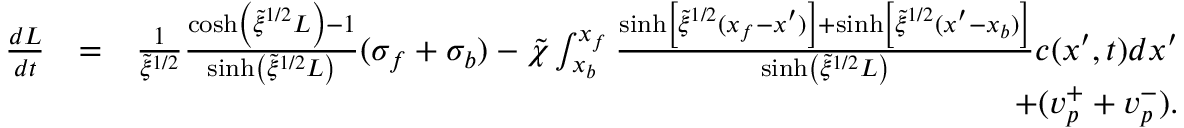
\begin{array} { r l r } { \frac { d L } { d t } } & { = } & { \frac { 1 } { \tilde { \xi } ^ { 1 / 2 } } \frac { \cosh \left( \tilde { \xi } ^ { 1 / 2 } L \right) - 1 } { \sinh \left( \tilde { \xi } ^ { 1 / 2 } L \right) } ( \sigma _ { f } + \sigma _ { b } ) - \tilde { \chi } \int _ { x _ { b } } ^ { x _ { f } } \frac { \sinh \left[ \tilde { \xi } ^ { 1 / 2 } ( x _ { f } - x ^ { \prime } ) \right] + \sinh \left[ \tilde { \xi } ^ { 1 / 2 } ( x ^ { \prime } - x _ { b } ) \right] } { \sinh \left( \tilde { \xi } ^ { 1 / 2 } L \right) } c ( x ^ { \prime } , t ) d x ^ { \prime } } \\ & { } & { + ( v _ { p } ^ { + } + v _ { p } ^ { - } ) . } \end{array}